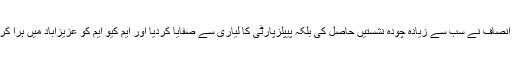
کراچی میں تحریک انصاف نے سب سے زیادہ چودہ نشستیں حاصل کی بلکہ پیپلزپارٹی کا لیاری سے صفایا کردیا اور ایم کیو ایم کو عزیزآباد میں ہرا کر بڑا اپ سیٹ کردیا۔